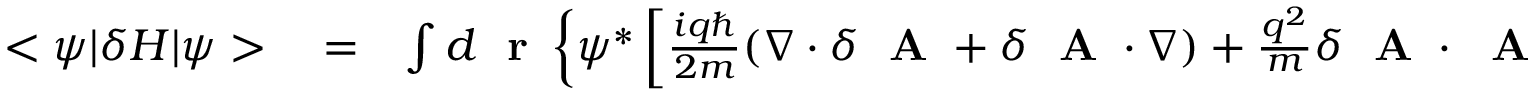
\begin{array} { r l r } { < \psi | \delta H | \psi > } & { { } = } & { \int d \mathrm { ~ \bf ~ r ~ } \left\{ \psi ^ { * } \left[ \frac { i q \hbar } { 2 m } ( \nabla \cdot \delta \mathrm { ~ \bf ~ A ~ } + \delta \mathrm { ~ \bf ~ A ~ } \cdot \nabla ) + \frac { q ^ { 2 } } { m } \delta \mathrm { ~ \bf ~ A ~ } \cdot \mathrm { ~ \bf ~ A ~ } \right] \psi \right. } \end{array}